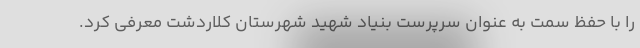
را با حفظ سمت به عنوان سرپرست بنیاد شهید شهرستان کلاردشت معرفی کرد.